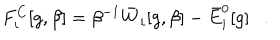
F _ { i } ^ { C } [ g , \beta ] = \beta ^ { - 1 } \bar { W } _ { i } [ g , \beta ] - \bar { E } _ { i } ^ { 0 } [ g ] .